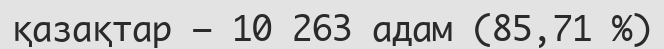
қазақтар — 10 263 адам (85,71 %)